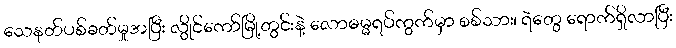
သေနတ်ပစ်ခတ်မှုအပြီး လွိုင်ကော်မြို့တွင်းနဲ့ လောဓမ္မရပ်ကွက်မှာ စစ်သား၊ ရဲတွေ ရောက်ရှိလာပြီး